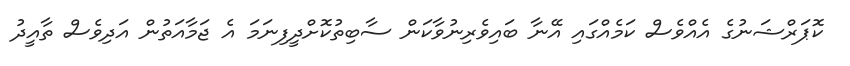
ކޮޕަރްޝަނުގެ އެއްވެސް ކަމެއްގައި އޭނާ ބައިވެރިނުވާކަން ސާބިތުކޮށްދީފިނަމަ އެ ޖަމާއަތުން އަދިވެސް ތާއީދު